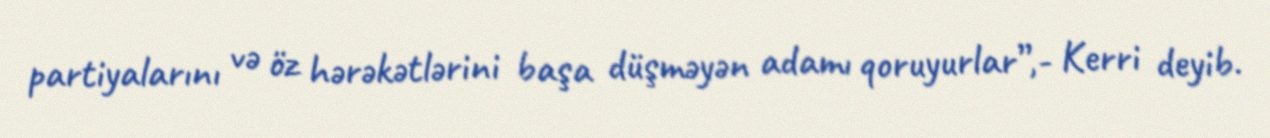
partiyalarını və öz hərəkətlərini başa düşməyən adamı qoruyurlar”,- Kerri deyib.